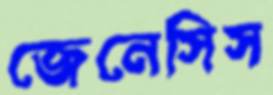
জেনেসিস